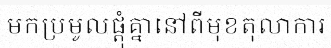
មកប្រមូលផ្តុំគ្នានៅពីមុខតុលាការ